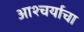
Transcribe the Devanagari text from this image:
आश्‍चर्याचा